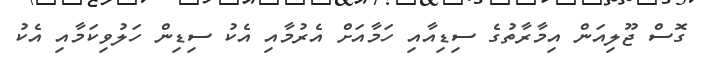
ގޮސް ޖޫލިއަން އިމާރާތުގެ ސިޑިއާއި ހަމާއަށް އެރުމާއި އެކު ސިޑިން ހަލުވިކަމާއި އެކު